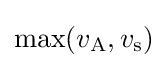
\max(v_{\text{A}},v_{\text{s}})